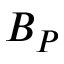
B _ { P }